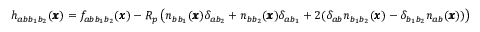
h _ { a b b _ { 1 } b _ { 2 } } ( { \pmb x } ) = f _ { a b { b } _ { 1 } b _ { 2 } } ( { \pmb x } ) - R _ { p } \left( n _ { b b _ { 1 } } ( { \pmb x } ) \delta _ { a b _ { 2 } } + n _ { b b _ { 2 } } ( { \pmb x } ) \delta _ { a b _ { 1 } } + 2 ( \delta _ { a b } n _ { b _ { 1 } b _ { 2 } } ( { \pmb x } ) - \delta _ { b _ { 1 } b _ { 2 } } n _ { a b } ( { \pmb x } ) ) \right)